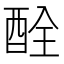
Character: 酫